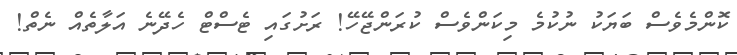
ކޮންމެވެސް ބަޔަކު ނުކުމެ މިކަންވެސް ކުރަންޖޭހޭ! ރަށުގައި ޓެސްޓް ހެދޭނެ އަލާތެއް ނެތް!